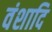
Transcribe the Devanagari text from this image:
वंशादि